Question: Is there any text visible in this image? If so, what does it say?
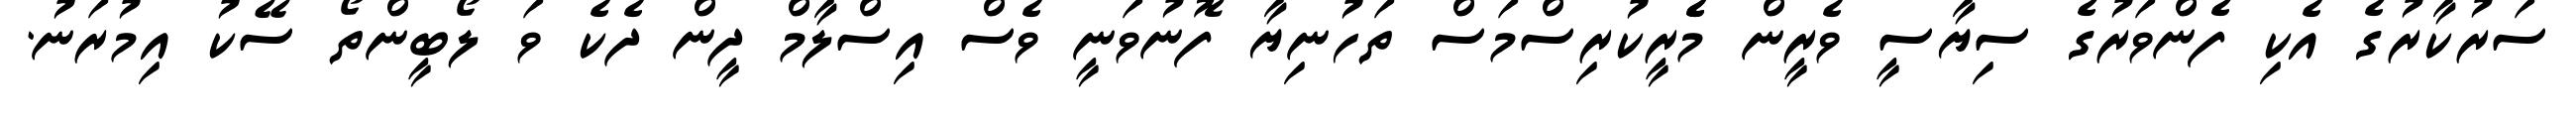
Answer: ސަރުކާރުގެ އެކި ފެންވަރުގެ ސިޔާސީ ވެރީން މެެރީކުރިސްމަސް ތަހުނިޔާ ފޮނުވަނީ ވެސް އިސްލާމް ދީން ދެކެ ވަ ލޯބީންތޯ ސޭކު އިމުރަނު.